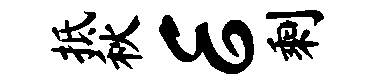
抵秋E剩